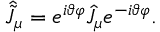
\hat { \tilde { J } } _ { \mu } = e ^ { i \vartheta \varphi } \hat { J } _ { \mu } e ^ { - i \vartheta \varphi } .